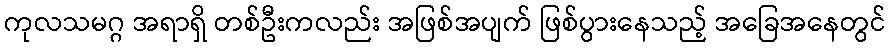
ကုလသမဂ္ဂ အရာရှိ တစ်ဦးကလည်း အဖြစ်အပျက် ဖြစ်ပွားနေသည့် အခြေအနေတွင်